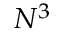
N ^ { 3 }